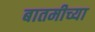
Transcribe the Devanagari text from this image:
बातमीच्या